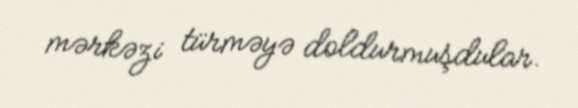
mərkəzi türməyə doldurmuşdular.